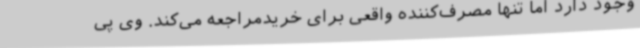
وجود دارد اما تنها مصرف‌کننده واقعی برای خریدمراجعه می‌کند. وی پی